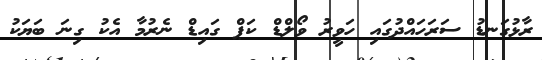
ރާޅުގަނޑު ސަރަހައްދުގައި ހަވީރު ވޯލްޑް ކަޕް ގައިޑް ނެރުމާ އެކު ގިނަ ބަޔަކު